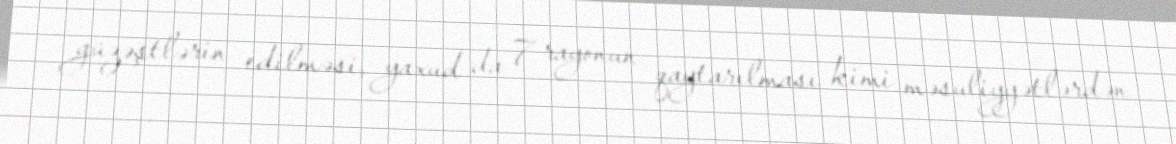
güzəştlərin edilməsi, yaxud da 7 rayonun qaytarılması kimi məsuliyyətlərdən